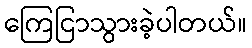
ကြေငြာသွားခဲ့ပါတယ်။